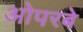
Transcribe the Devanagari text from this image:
ओपरबे